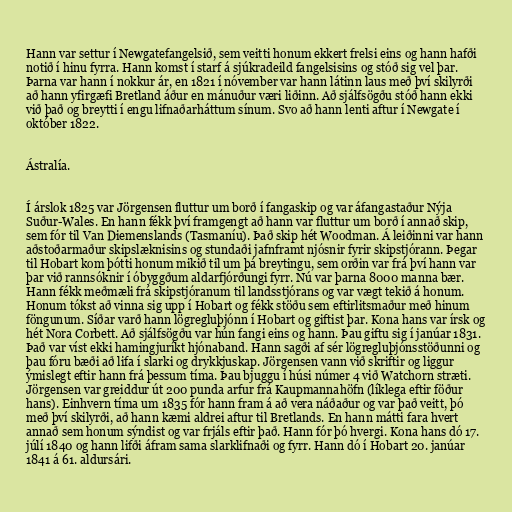
Hann var settur í Newgatefangelsið, sem veitti honum ekkert frelsi eins og hann hafði
notið í hinu fyrra. Hann komst í starf á sjúkradeild fangelsisins og stóð sig vel þar.
Þarna var hann í nokkur ár, en 1821 í nóvember var hann látinn laus með því skilyrði
að hann yfirgæfi Bretland áður en mánuður væri liðinn. Að sjálfsögðu stóð hann ekki
við það og breytti í engu lifnaðarháttum sínum. Svo að hann lenti aftur í Newgate í
október 1822.

Ástralía.

Í árslok 1825 var Jörgensen fluttur um borð í fangaskip og var áfangastaður Nýja
Suður-Wales. En hann fékk því framgengt að hann var fluttur um borð í annað skip,
sem fór til Van Diemenslands (Tasmaníu). Það skip hét Woodman. Á leiðinni var hann
aðstoðarmaður skipslæknisins og stundaði jafnframt njósnir fyrir skipstjórann. Þegar
til Hobart kom þótti honum mikið til um þá breytingu, sem orðin var frá því hann var
þar við rannsóknir í óbyggðum aldarfjórðungi fyrr. Nú var þarna 8000 manna bær.
Hann fékk meðmæli frá skipstjóranum til landsstjórans og var vægt tekið á honum.
Honum tókst að vinna sig upp í Hobart og fékk stöðu sem eftirlitsmaður með hinum
föngunum. Síðar varð hann lögregluþjónn í Hobart og giftist þar. Kona hans var írsk og
hét Nora Corbett. Að sjálfsögðu var hún fangi eins og hann. Þau giftu sig í janúar 1831.
Það var víst ekki hamingjuríkt hjónaband. Hann sagði af sér lögregluþjónsstöðunni og
þau fóru bæði að lifa í slarki og drykkjuskap. Jörgensen vann við skriftir og liggur
ýmislegt eftir hann frá þessum tíma. Þau bjuggu í húsi númer 4 við Watchorn stræti.
Jörgensen var greiddur út 200 punda arfur frá Kaupmannahöfn (líklega eftir föður
hans). Einhvern tíma um 1835 fór hann fram á að vera náðaður og var það veitt, þó
með því skilyrði, að hann kæmi aldrei aftur til Bretlands. En hann mátti fara hvert
annað sem honum sýndist og var frjáls eftir það. Hann fór þó hvergi. Kona hans dó 17.
júlí 1840 og hann lifði áfram sama slarklifnaði og fyrr. Hann dó í Hobart 20. janúar
1841 á 61. aldursári.